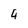
Character: 4